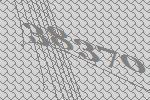
38370